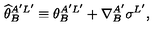
{ \widehat \theta } _ { B } ^ { A ^ { \prime } L ^ { \prime } } \equiv \theta _ { B } ^ { A ^ { \prime } L ^ { \prime } } + \nabla _ { B } ^ { A ^ { \prime } } \sigma ^ { L ^ { \prime } } ,